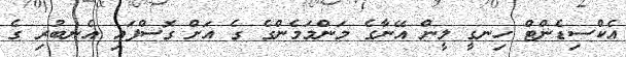
އެކްސިޑެންޓް ހިނގީ ލީން އޭނާގެ މަންމަމެންގެ ގެ އަށް ގޮސްފައި އެނބުރި ގެ